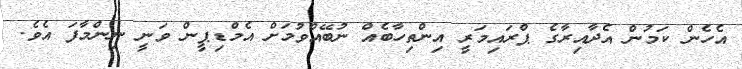
އެހެން ކަމުން އެދާއިރާގެ ޕްރައިމަރީ އިންތިހާބެއް ނުބޭއްވުމަށް އެމްޑިޕީން ވަނީ ނިންމާފަ އެވެ.